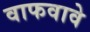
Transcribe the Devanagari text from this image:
वाफवावे